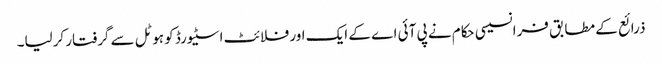
ذرائع کے مطابق فرانسیسی حکام نے پی آئی اے کے ایک اور فلائٹ اسٹیورڈ کو ہوٹل سے گرفتار کرلیا۔